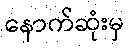
နောက်ဆုံးမှ